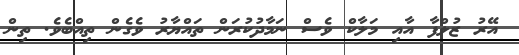
އޭރު ޒުލްފާ އާއި މަލާކް ވެސް ނަމާދުކުރަން ތައްޔާރު ވެގެން ތިއްބެވެ. ތިން